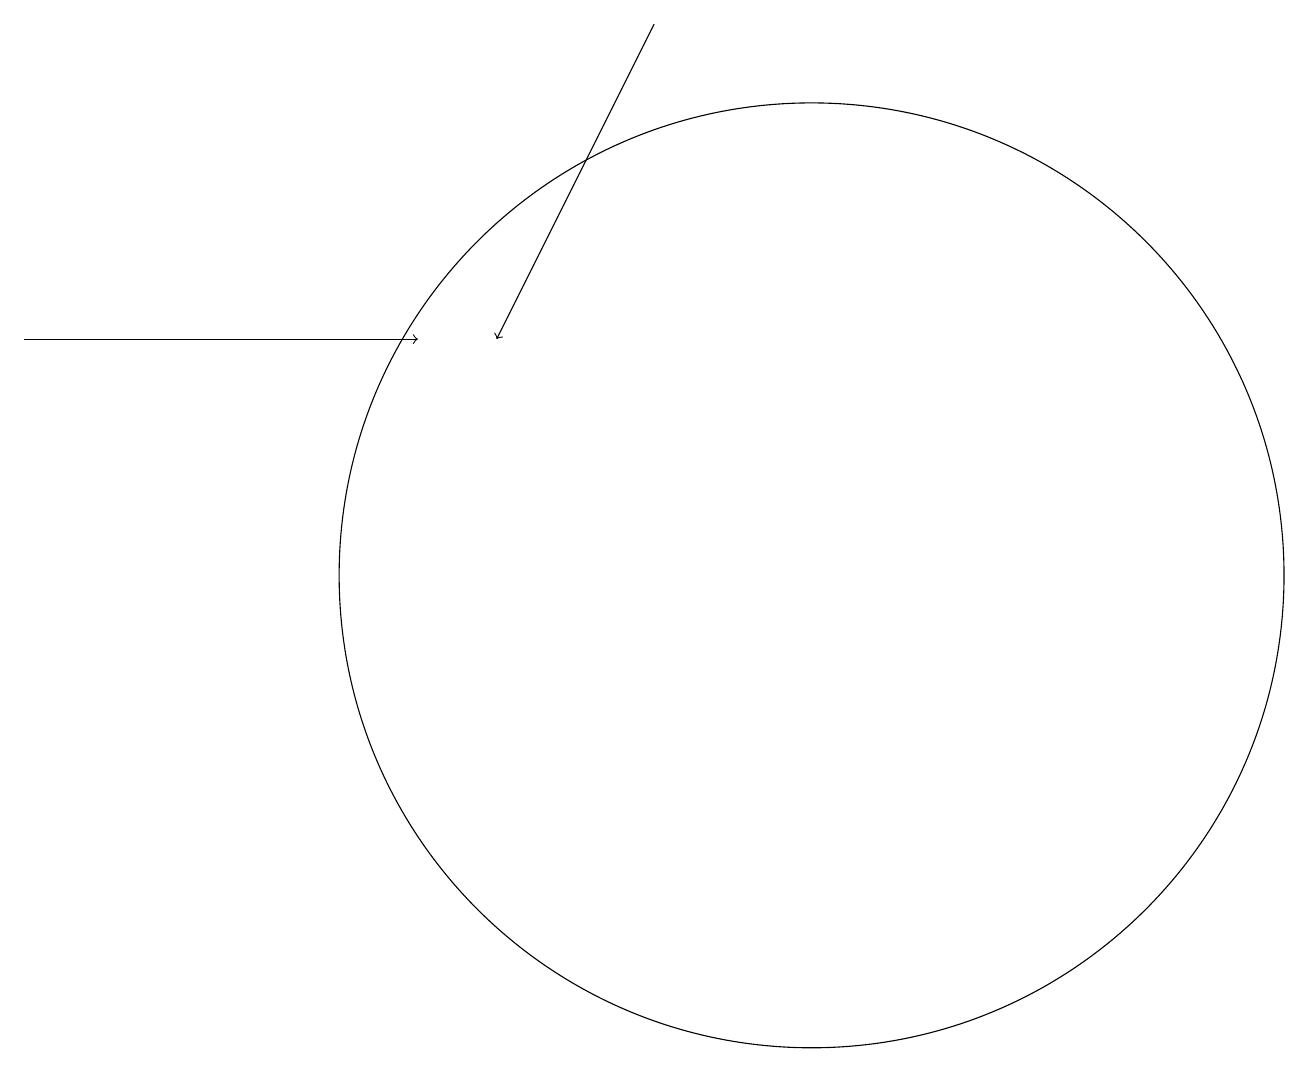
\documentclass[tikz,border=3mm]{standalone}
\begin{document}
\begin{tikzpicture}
\draw[->] (1,14) -- (6,14);
\draw[->] (9,18) -- (7,14);
\draw (11,11) circle (6);
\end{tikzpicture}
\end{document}